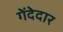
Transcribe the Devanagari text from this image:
गेंदेदार